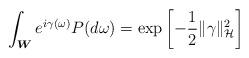
LaTeX: \begin{align*}\int_{\boldsymbol{W}}e^{i\gamma(\omega)}P(d\omega)=\exp\left[-\frac{1}{2}\Vert\gamma\Vert_{\mathcal{H}}^{2}\right]\end{align*}